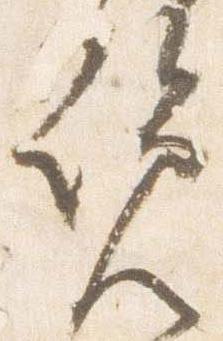
覧